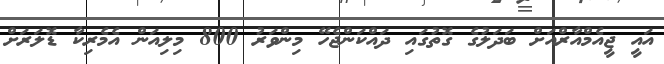
އައީ ޖީއެމްއާރްއަށް ބަދަލުގެ ގޮތުގައި ދައްކަންޖެހޭ މިންވަރު 800 މިލިއަން އެމެރިކާ ޑޮލަރަށް